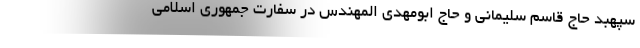
سپهبد حاج قاسم سلیمانی و حاج ابومهدی المهندس در سفارت جمهوری اسلامی